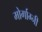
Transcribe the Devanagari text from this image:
मोर्गाग्नी